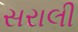
સરાલી